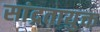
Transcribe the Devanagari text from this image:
सांद्रतायुक्त